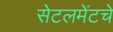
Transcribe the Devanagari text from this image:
सेटलमेंटचे